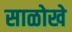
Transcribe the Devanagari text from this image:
साळोखे